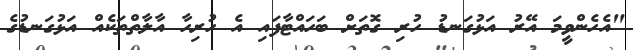
"އެހެންވީމަ އޭރު އަޅުގަނޑު ހުރި ގޮތަށް ބަހައްޓާފައި އެ ހުރިހާ އާލާތްތަކެއް އަޅުގަނޑުގެ